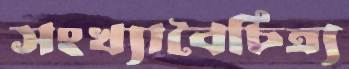
সংখ্যাবৈচিত্র্য